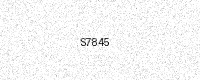
Text: S7845